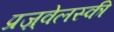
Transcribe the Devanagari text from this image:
प्रज़्वेलस्की